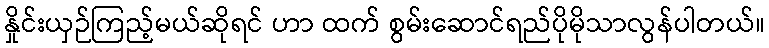
နှိုင်းယှဉ်ကြည့်မယ်ဆိုရင် ဟာ ထက် စွမ်းဆောင်ရည်ပိုမိုသာလွန်ပါတယ်။